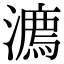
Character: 𣿕